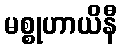
မစ္စုဟာယိနီ